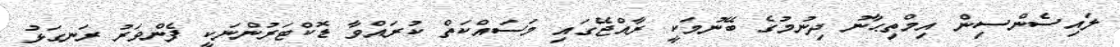
ލައިސެންސިން އިމްތިޙާނު ދިނުމުގެ ބޭނުމަކީ ރާއްޖޭގައި މަސައްކަތް ކުރައްވާ ޑޮކްޓަރުންނަކީ ފެންވަރު ރަނގަޅު